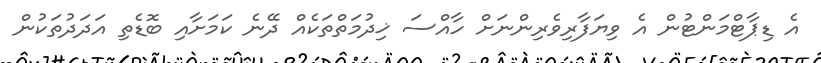
އެ ޑިޕާޓްމަންޓުން އެ ވިޔަފާރިވެރިންނަށް ހާއްސަ ޚިދުމަތްތަކެއް ދޭނެ ކަމަށާއި ބޮޑެތި އަދަދުތަކުން